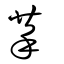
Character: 拲